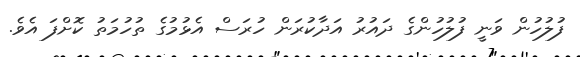
ފުލުހުން ވަނީ ފުލުހުންގެ ދައުރު އަދާކުރަން ހުރަސް އެޅުމުގެ ތުހުމަތު ކޮށްފަ އެވެ.